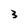
Character: 3